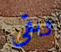
وبقي